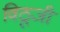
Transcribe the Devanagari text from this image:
विठूजी